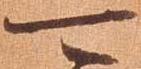
可